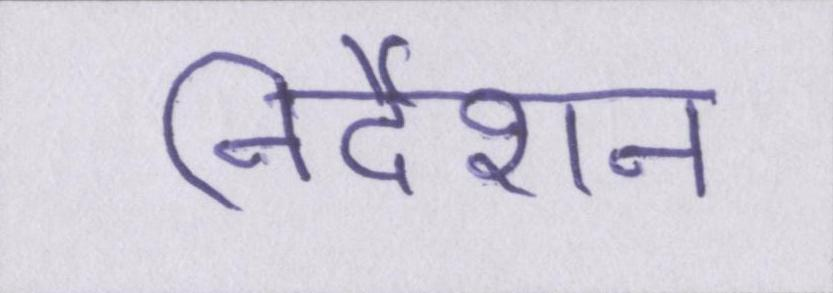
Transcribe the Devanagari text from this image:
निर्देशन